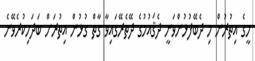
މީގެ އިތުރުން މި ދެބޭފުޅުންވަނީ ދެޤައުމުގެ ދޭތެރޭގައިވާ ގާތް ގުޅުން އިތުރަށް ބަދަހިިކުރެވޭނެ